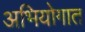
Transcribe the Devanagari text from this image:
अभियोगात